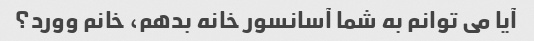
آیا می توانم به شما آسانسور خانه بدهم، خانم وورد؟